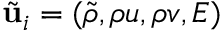
\tilde { \mathbf { u } } _ { i } = ( \tilde { \rho } , \rho u , \rho v , E )